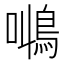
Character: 𱈠